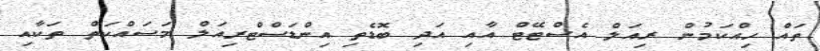
ތައް ހިއްކަމުން ރިއަލް އެސްޓޭޓް އާއި އަދި ބޮޑެތި އިންޑަސްޓްރިއަލް މަސައްކަތް ތަކާއި